Scottish Leaving Certificate Examination, 1960
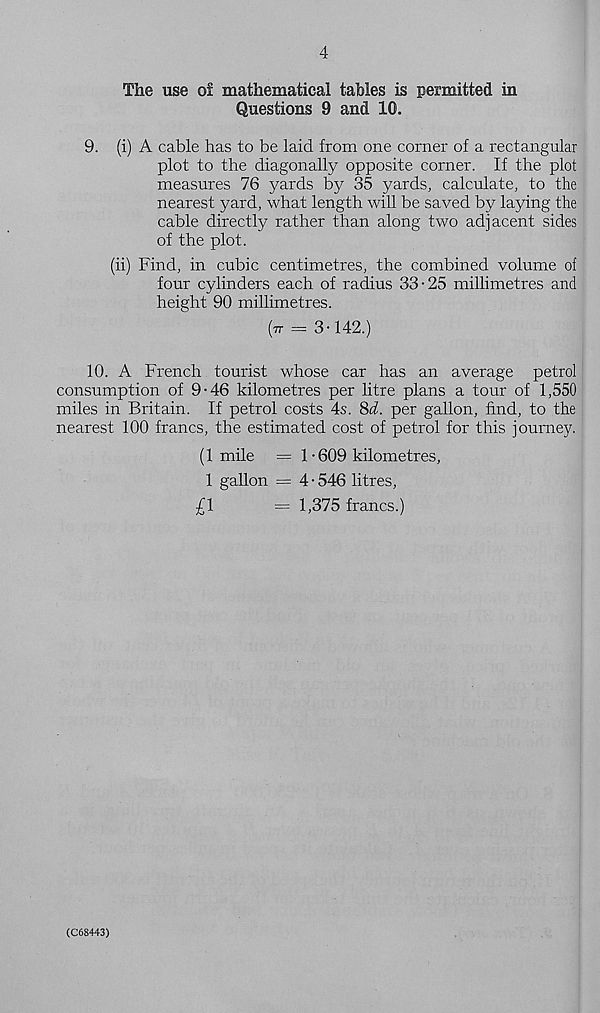
4
The use of mathematical tables is permitted in
Questions 9 and 10.
9. (i) A cable has to be laid from one corner of a rectangular
plot to the diagonally opposite corner. If the plot
measures 76 yards by 35 yards, calculate, to the
nearest yard, what length will be saved by laying the
cable directly rather than along two adjacent sides
of the plot.
(ii) Find, in cubic centimetres, the combined volume of
four cylinders each of radius 33-25 millimetres and
height 90 millimetres.
(tt = 3-142.)
10. A French tourist whose car has an average petrol
consumption of 9-46 kilometres per litre plans a tour of 1,550
miles in Britain. If petrol costs 4s. 8i. per gallon, find, to the
nearest 100 francs, the estimated cost of petrol for this journey.
(1 mile = 1-609 kilometres,
1 gallon — 4 • 546 litres,
£1
= 1,375 francs.)
(C68443)